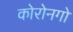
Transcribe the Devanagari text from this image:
कोरोनगो